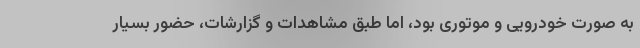
به صورت خودرویی و موتوری بود، اما طبق مشاهدات و گزارشات، حضور بسیار